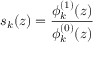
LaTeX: s _ { k } ( z ) = { \frac { \phi _ { k } ^ { ( 1 ) } ( z ) } { \phi _ { k } ^ { ( 0 ) } ( z ) } }